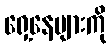
ရှေ့နေများကို